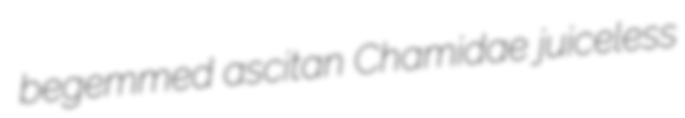
begemmed ascitan Chamidae juiceless